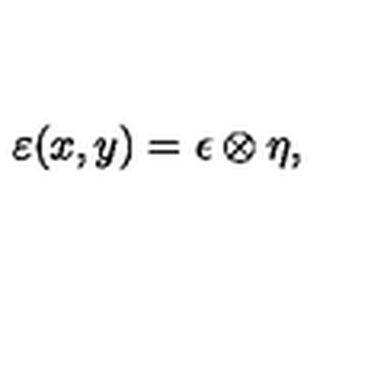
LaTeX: { \varepsilon ( x , y ) = \epsilon \otimes \eta , }